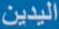
اليدين